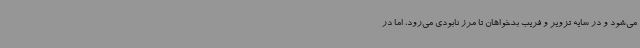
می‌شود و در سایه تزویر و فریب بدخواهان تا مرز نابودی می‌رود، اما در